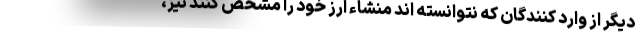
دیگر از وارد کنندگان که نتوانسته اند منشاء ارز خود را مشخص کنند نیز،